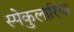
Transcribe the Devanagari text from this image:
स्पेकुलारिया